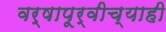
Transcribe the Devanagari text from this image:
वर्षापूर्वीच्याही